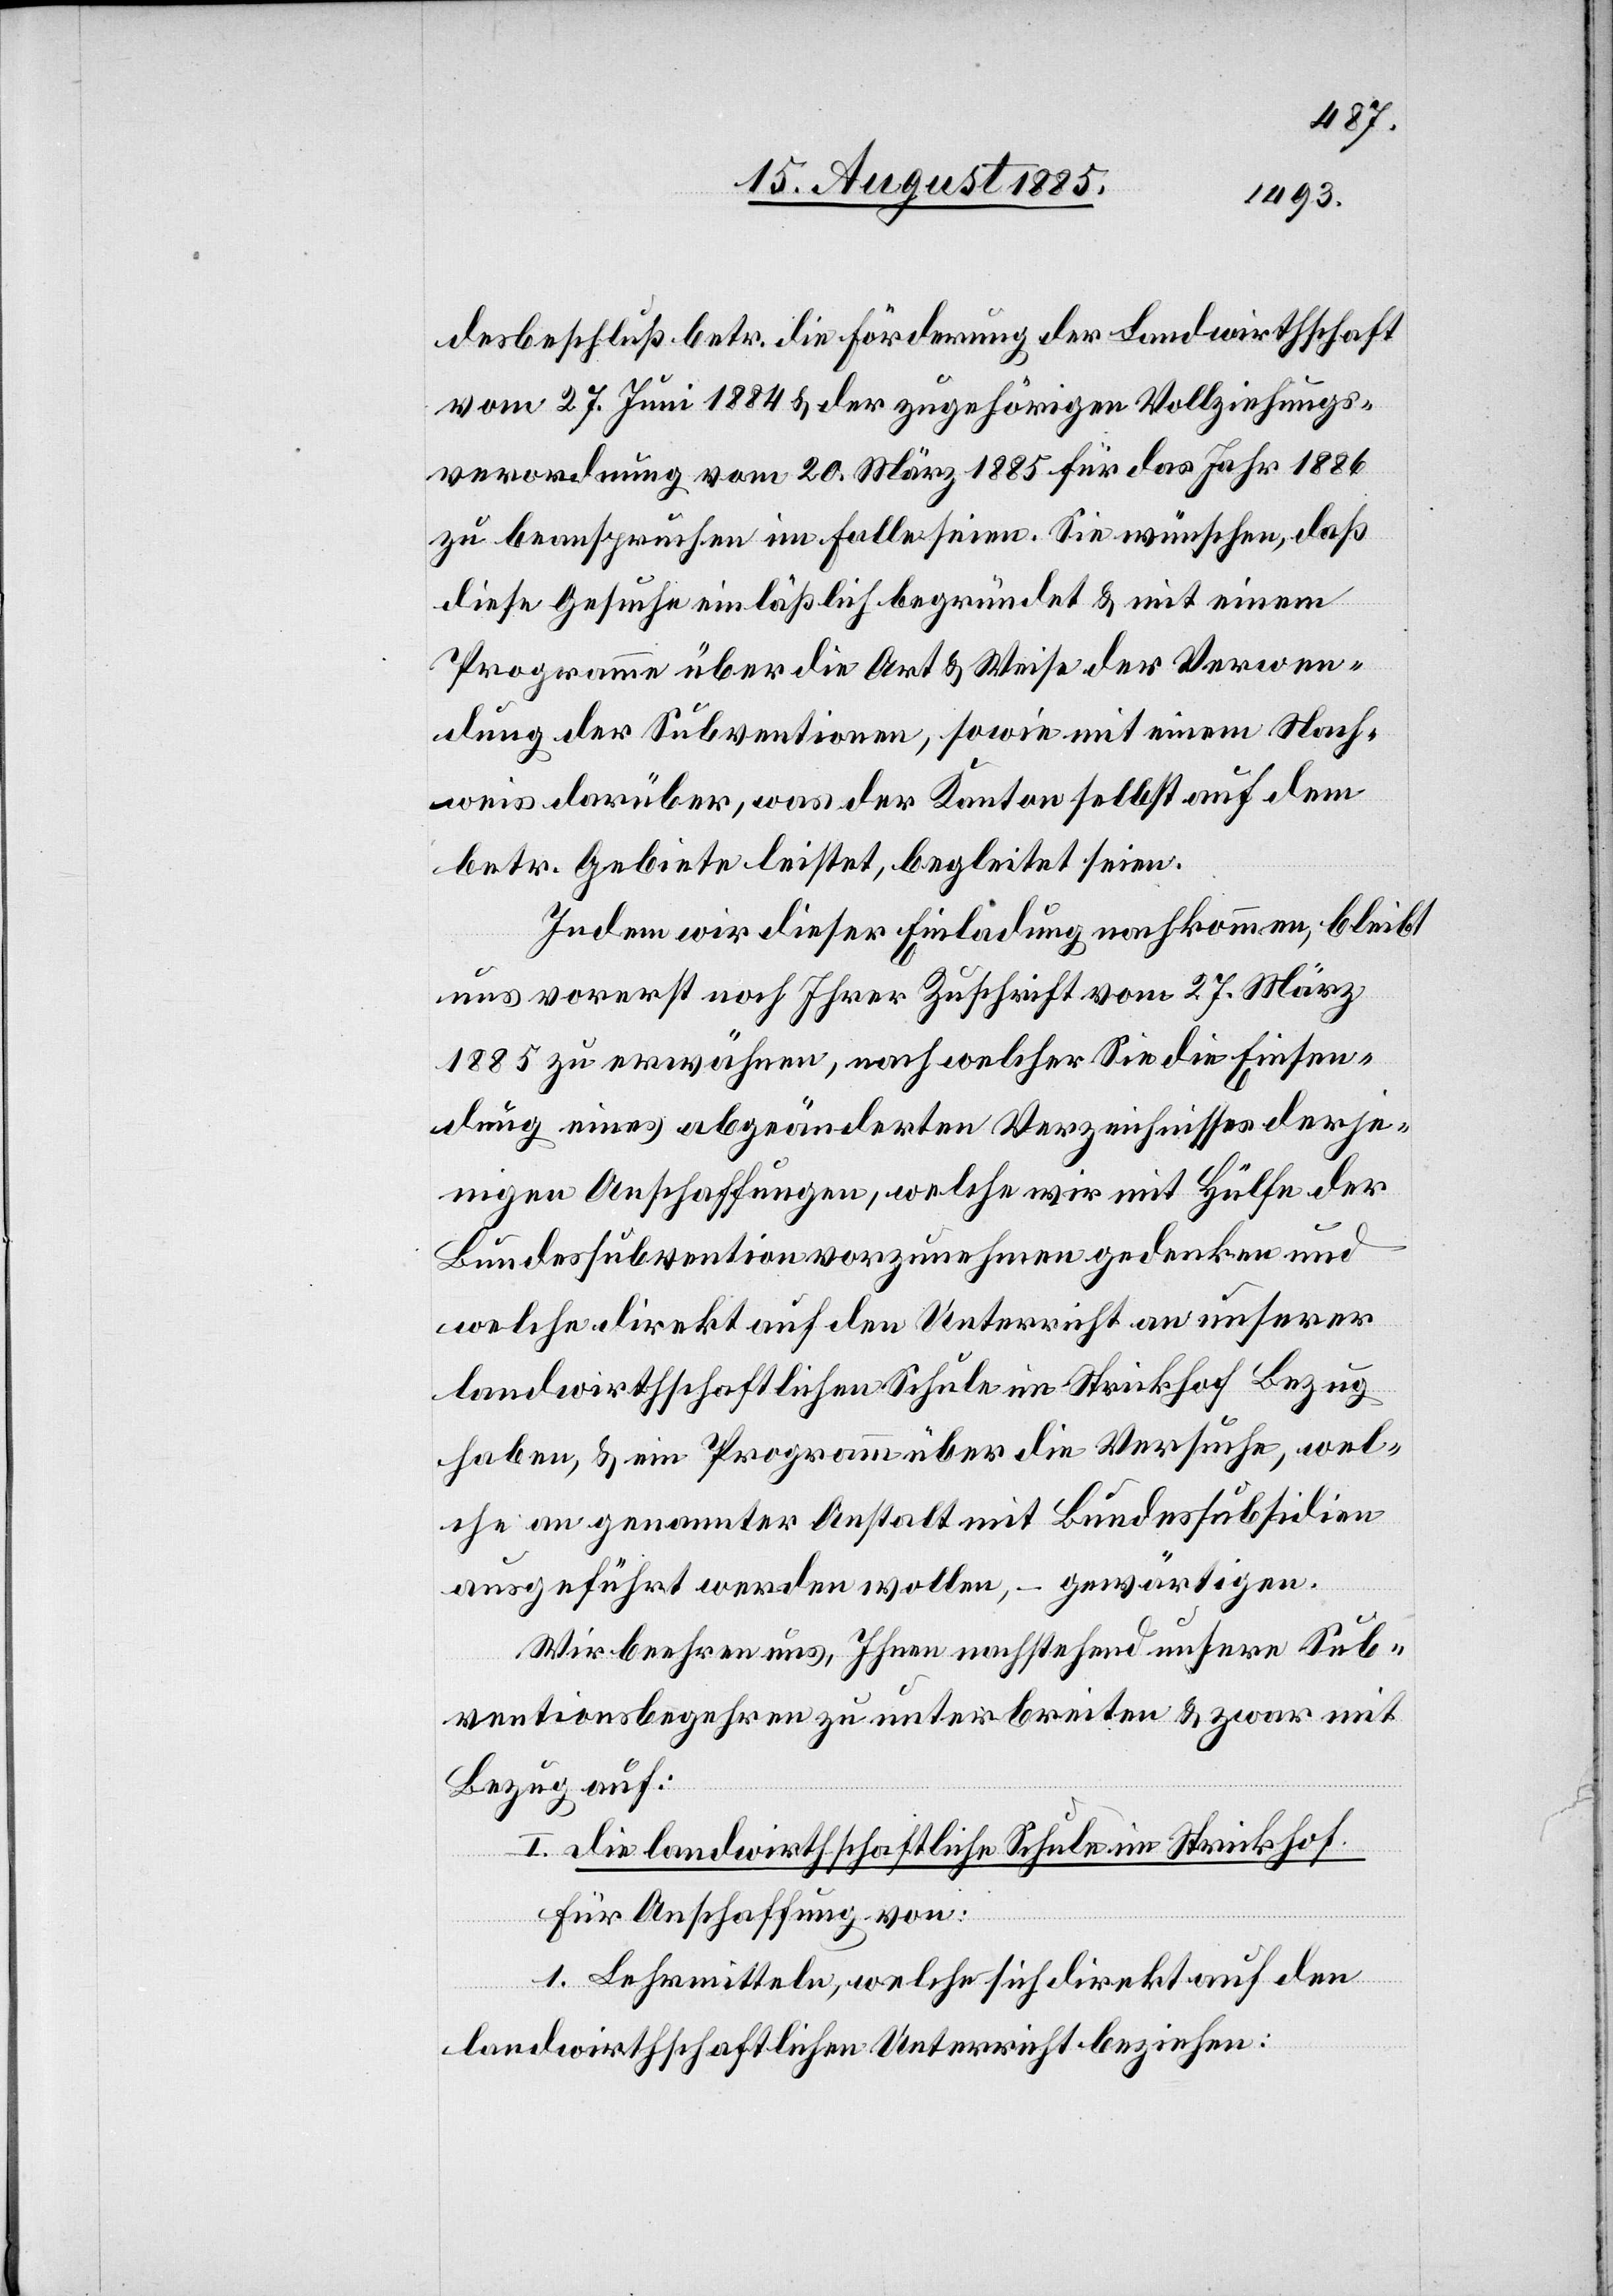
desbeschluß betr. die Förderung der Landwirthschaft
vom 27. Juni 1884 & der zugehörigen Vollziehungs¬
verordnung vom 20. März 1885 für das Jahr 1886
zu beanspruchen im Falle seien. Sie wünschen, daß
diese Gesuche einläßlich begründet & mit einem
Programme über die Art & Weise der Verwen¬
dung der Subventionen, sowie mit einem Nach¬
weis darüber, was der Kanton selbst auf dem
betr. Gebiete leistet, begleitet seien.
Indem wir dieser Einladung nachkommen, bleibt
uns vorerst noch Ihrer [sic!] Zuschrift vom 27. März
1885 zu erwähnen, nach welcher Sie die Einsen¬
dung eines abgeänderten Verzeichnisses derje¬
nigen Anschaffungen, welche wir mit Hülfe der
Bundessubvention vorzunehmen gedenken und
welche direkt auf den Unterricht an unserer
landwirthschaftlichen Schule im Strickhof Bezug
haben, & ein Programm über die Versuche, wel¬
che an genannter Anstalt mit Bundessubvention
ausgeführt werden wollen, – gewärtigen.
Wir beehren uns, Ihnen nachstehend unsere Sub¬
ventionsbegehren zu unterbreiten & zwar mit
Bezug auf:
I. die landwirthschaftliche Schule im Strickhof.
Für Anschaffung von:
1. Lehrmitteln, welche sich direkt auf den
landwirtschaftlichen Unterricht beziehen: